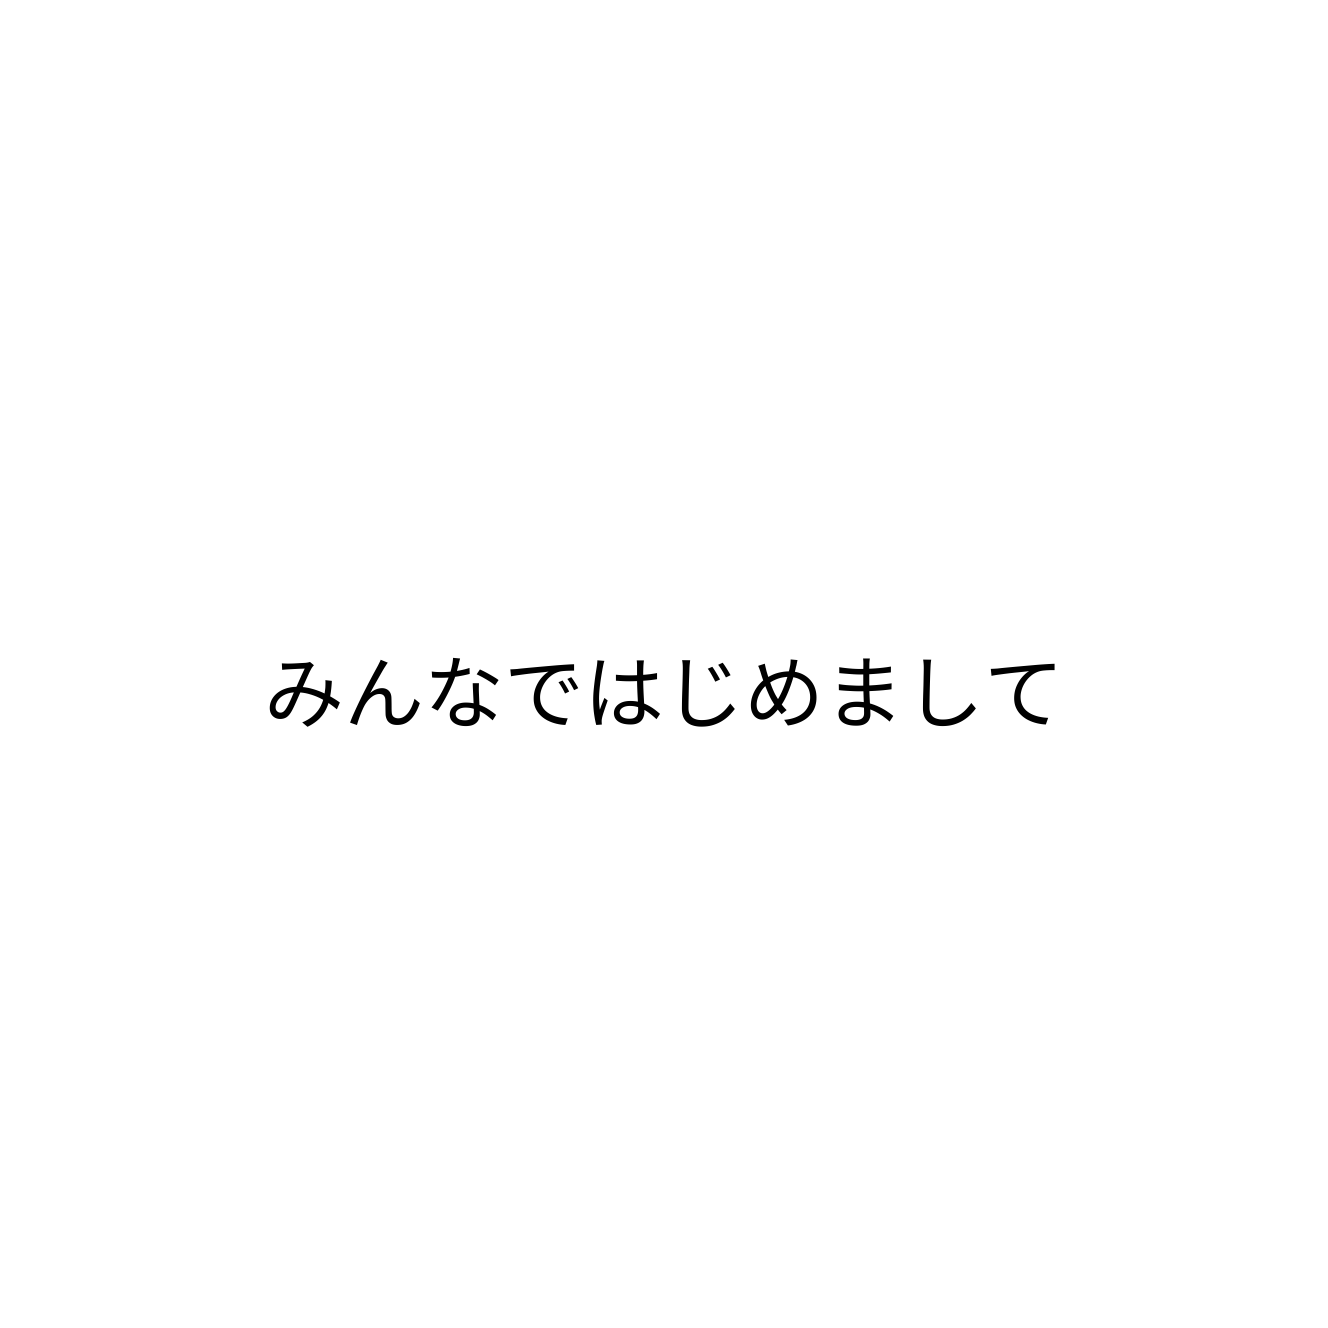
みんなではじめまして